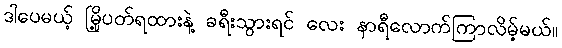
ဒါပေမယ့် မြို့ပတ်ရထားနဲ့ ခရီးသွားရင် လေး နာရီလောက်ကြာလိမ့်မယ်။